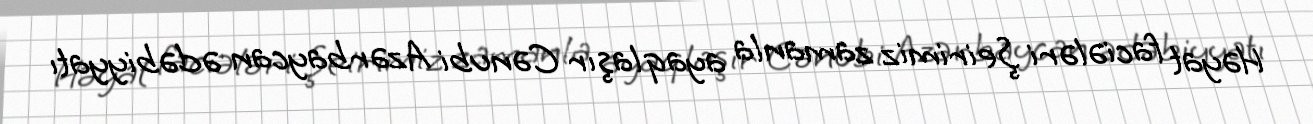
Həyat faciələri Şeirimiz zamanla ayaqlaşır Cənubi Azərbaycan ədəbiyyatı